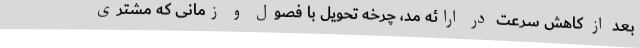
بعد از کاهش سرعت در ارائه مد، چرخه تحویل با فصول و زمانی که مشتری